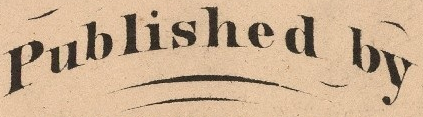
Published by